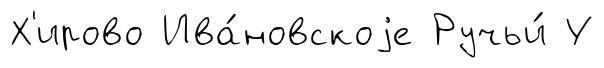
Х'ирово Ива́новскоjе Ручьи́ У